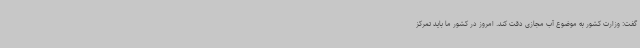
گفت: وزارت کشور به موضوع آب مجازی دقت کند. امروز در کشور ما باید تمرکز